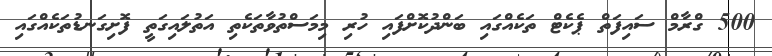
500 ގްރާމް ސައިފަތް ޕެކެޓް ތަކެއްގައި ބަންދުކޮށްފައި ހުރި މިމަސްތުވާތަކެތި އަތުލައިގަތީ ފޮށިގަނޑުތަކެއްގައި